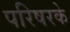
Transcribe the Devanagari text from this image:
परिषरके